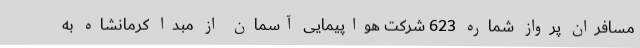
مسافران پرواز شماره 623 شرکت هواپیمایی آسمان از مبدا کرمانشاه به